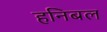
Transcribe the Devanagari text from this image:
हनिबल